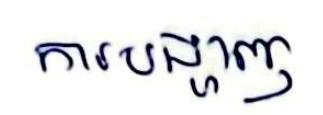
ការបង្ហាញ